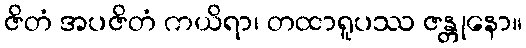
ဇိတံ အပဇိတံ ကယိရာ၊ တထာရူပဿ ဇန္တုနော။